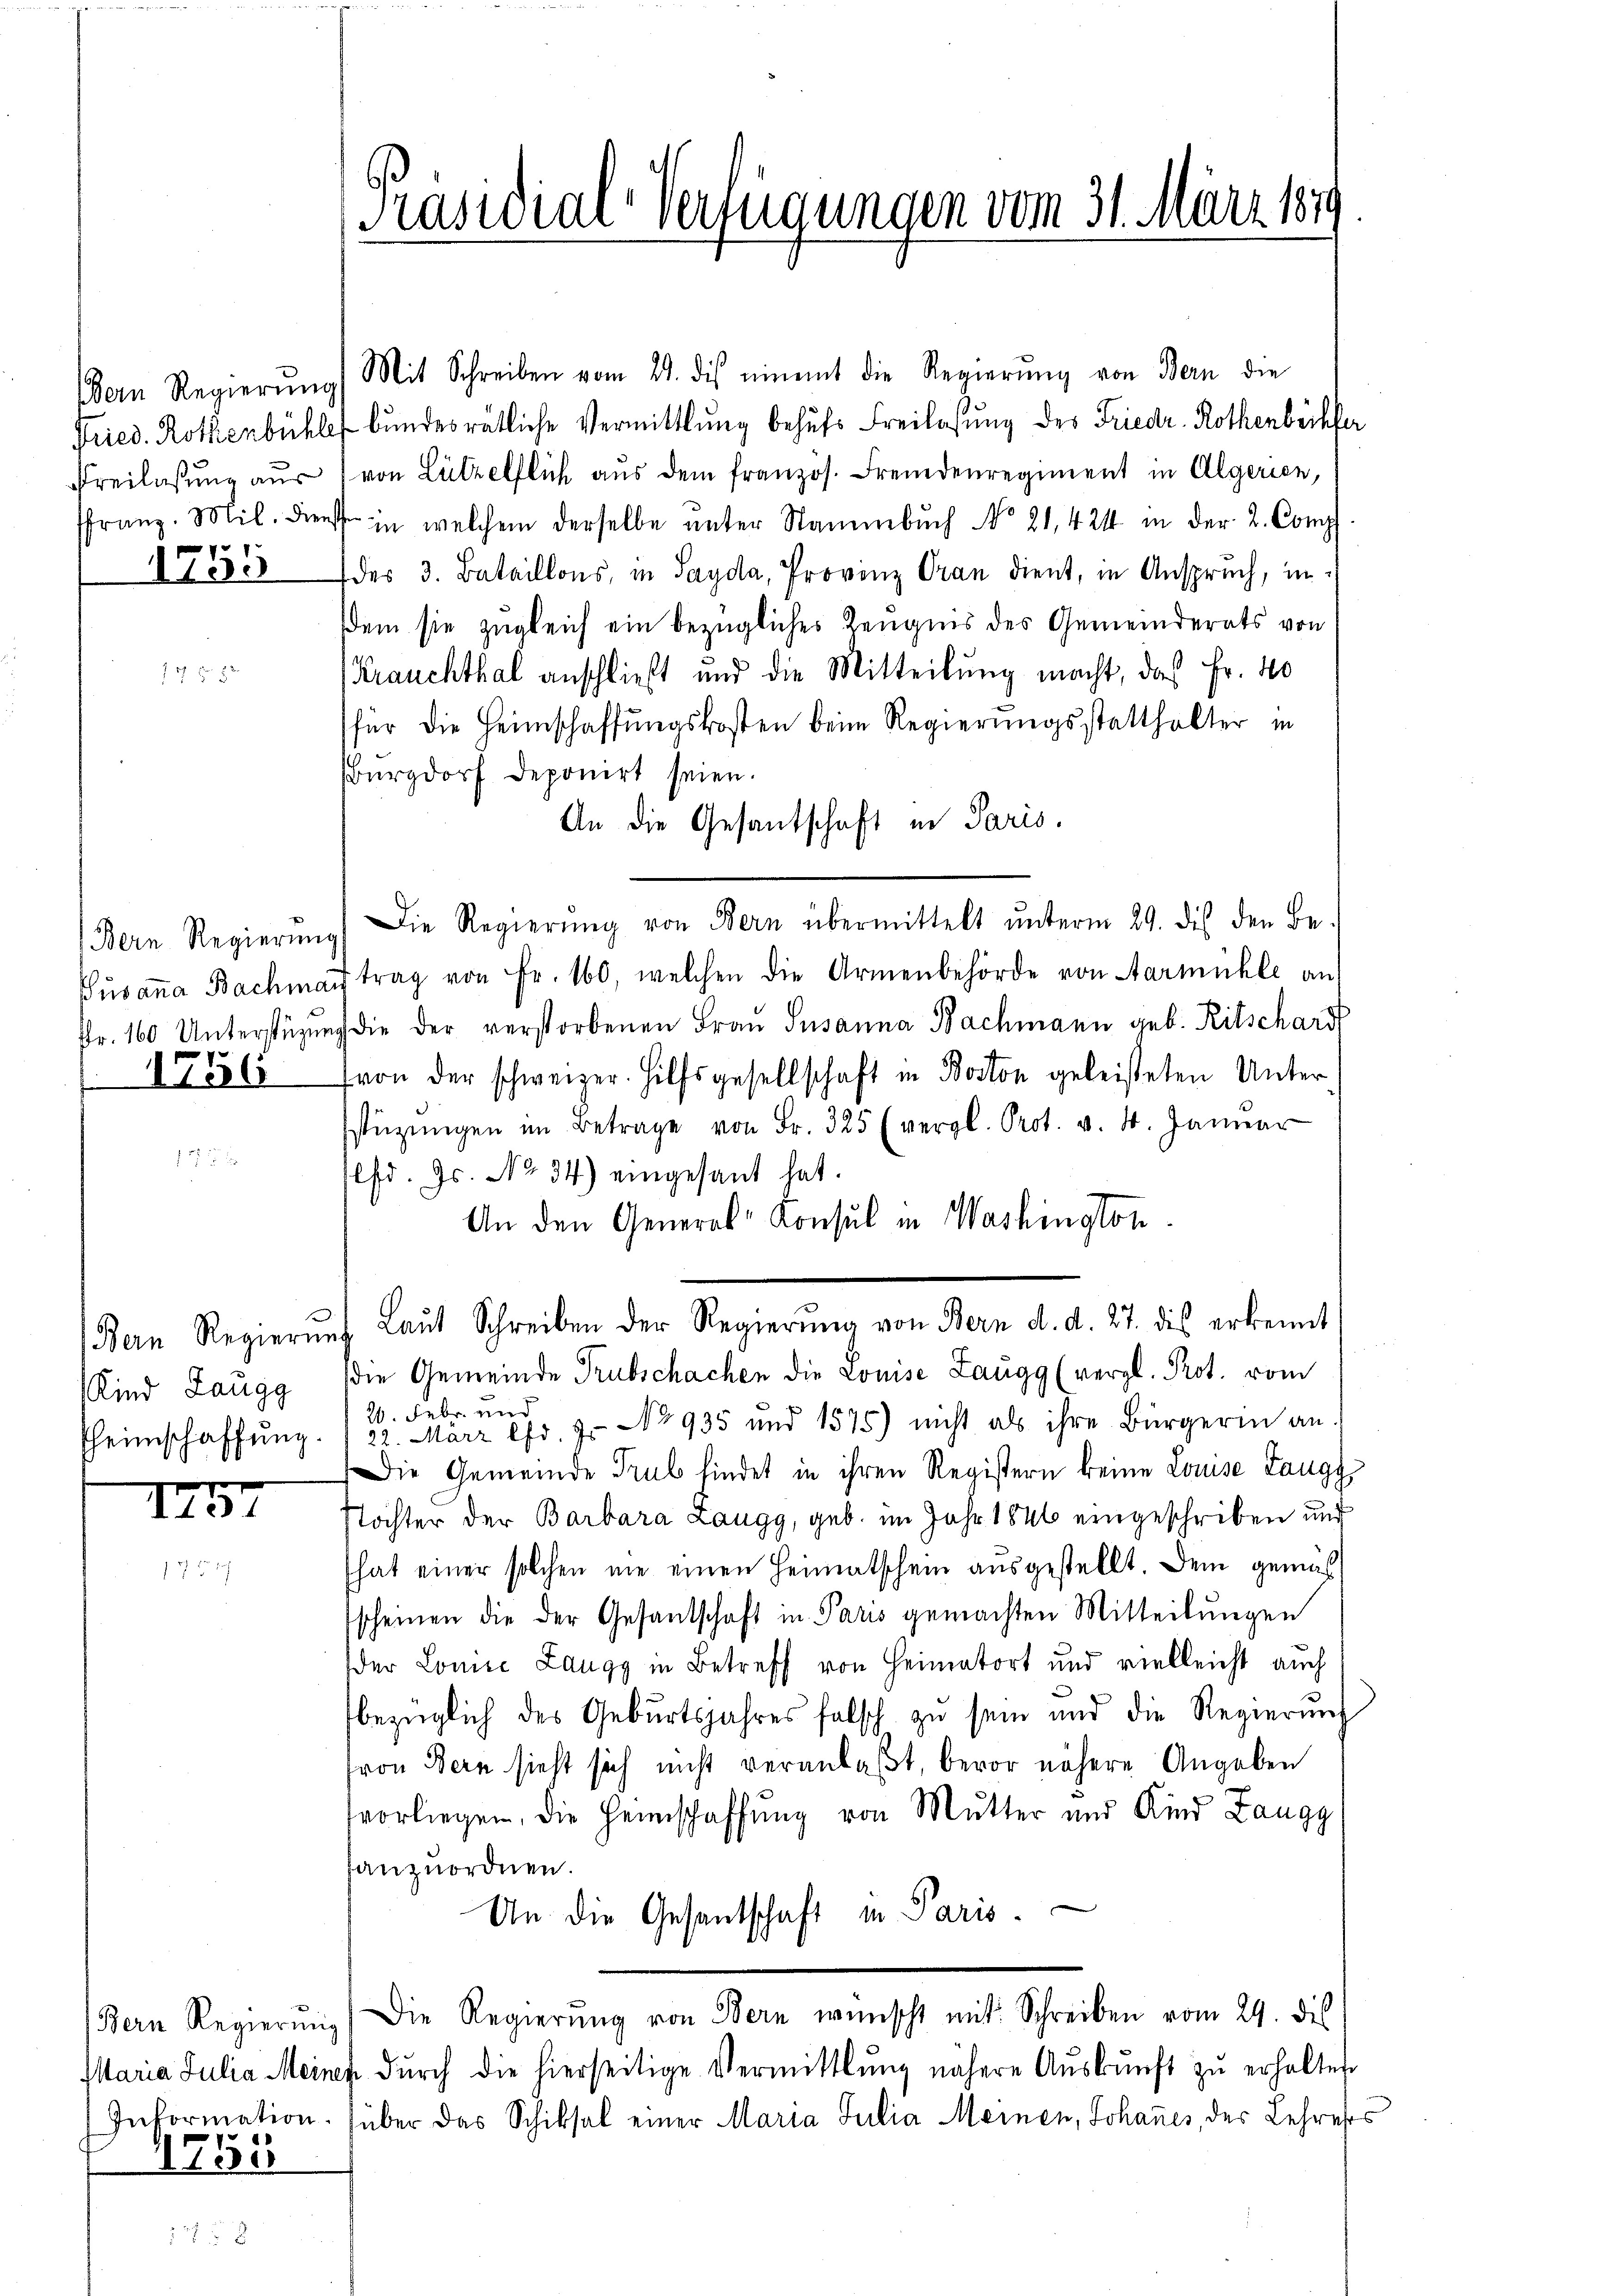
Dein Regierung
Freilassung aus
f
1105

1756

Kind Langg

145

1753

Präsidial-Verfügungen vom 31. März 1879

Mit Schreiben vom 21. des einmit die Regierŭng von Bern die
Fried. Rothenbühle bundesrätliche Vermittlung behufs Freilasung des Friedr. Rothenböckfer
von Lützelflich aus dem französ. Fremdenregiment in Algerien,
ffranz. Mil. Dienst in welchem derselbe unter Naumbuch No 21. 424 in der L. Comp
des 3. Bataillons, in Sayda, Provinz Gran dient, in Anspruch, in
sdem sie zugleich ein bezügliches Zeugnis des Gemeinderats von
Krauchthal anschließt und die Mitteilung macht, daß Fr. 40
für die Heimschaffungskosten beim Regierungsstatthalter in
Burgdorf deponirt seien.
An die Gesantschaft in Paris.
Bern Regierŭng die Regierŭng von Bern übermittelt ŭnterm 29. dies den Be-
Susanna Bachman trag von Fr. 160, welchen die Armenbehörde von Aarmühle an
fr. 160 Unterstüzung die der verstorbenen Frau Susanna Bachmann geb. Ritschardt
(von der schweizer. Hilfsgesellschaft in Boston geleisteten Unter
Estüzungen im Betrage von Fr. 325 (vergl. Prot. v. 4. Janŭar
lfd. Js. No 34) eingesant hat.
An den General-Konsul in Washington
(Bern Regierŭng Laŭt Schreiben der Regierŭng von Bern d. d. 27. dis erkennt
(die Gemeinde Trubschachen die Louise Zaugg (vergl. Prot. vom
20. Febr. und
heimschaffŭng. /22. März lfr. 7. No 935 und 1575) nicht als ihre Bürgerin an.
Die Gemeinde Trub findet in ihren Registern keine Louise Langg
Nöchter der Barbara Langg, geb. im Jahr 1846 eingeschriben und
hat einer solchen nie einen Heimatschein ausgestellt. Dem gemäß
scheinen die der Gesandschaft in Paris gemachten Mitteilungen
der Lonie Zangg in Betreff von Heimatort und vielleicht auch
bezüglich des Geburtsjahres falsch zŭ sein und die Regierŭng
von Bern sieht sich nicht veranlaßt, bevor nähere Angaben
tvorliegen, die Heimschaffung von Mutter und Kind Zangg
anzuordnen.
Un die Gesantschaft in Paris.
Bern Regierŭng. Die Regierŭng von Bern wünscht mit Schreiben vom 29. dies
Maria Julia Meiner durch die hierseitige Vermittlung nähere Aŭskŭnft zŭ erhalten
Information über das Schiksal einer Maria Julia Meinen, Johannes, der Lehress